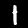
Digit: 1